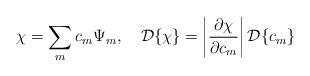
LaTeX: \begin{align*}\chi = \sum_m c_m\Psi_m, \quad {\cal D}\{\chi\} =\left|\frac{\partial\chi}{\partial c_m}\right|{\cal D}\{c_m\}\end{align*}